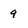
Character: 9